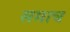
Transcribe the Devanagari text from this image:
समाच